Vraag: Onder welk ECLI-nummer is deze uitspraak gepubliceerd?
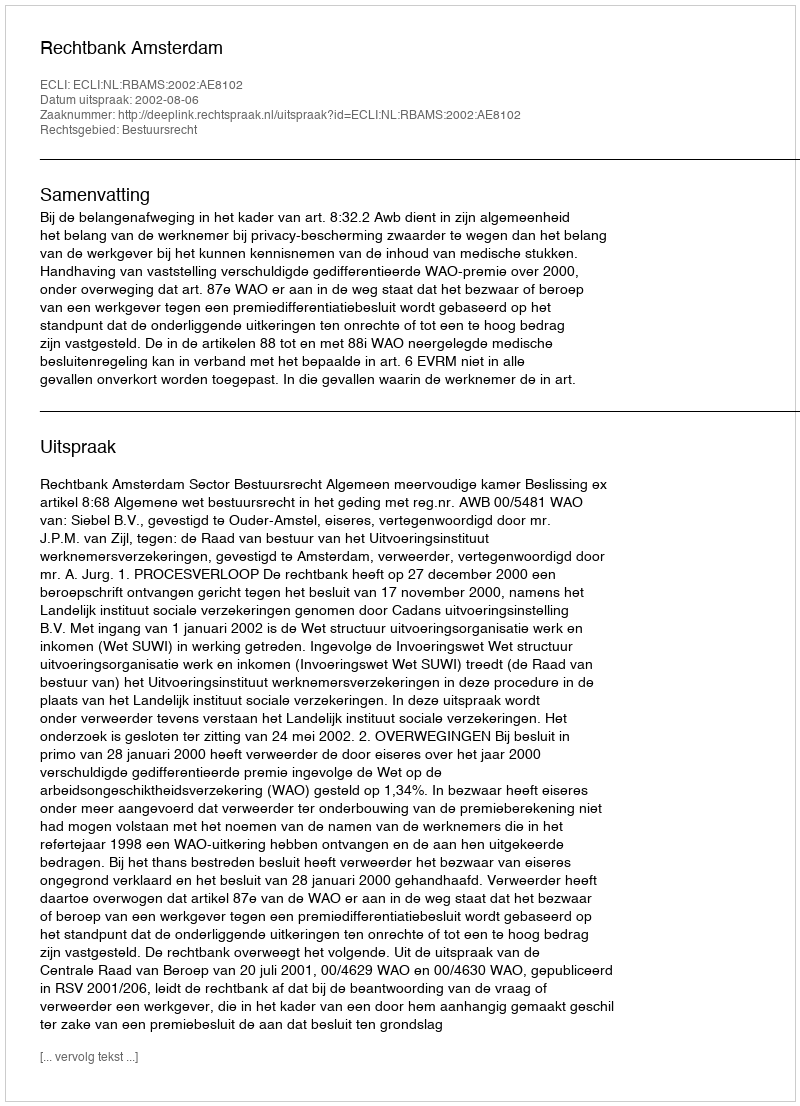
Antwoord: ECLI:NL:RBAMS:2002:AE8102